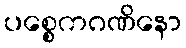
ပစ္စေကဂဏိနော